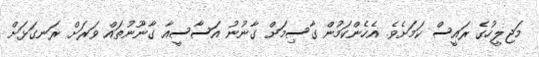
މަޖިލީހުގެ ރައީސް ކަމަށެވެ. އެހެންކަމުން ގާސިމަށް ގާނުނު އަސާސީއާ ގާނޫނުތައް ވަރަށް ރަނގަޅަށް